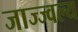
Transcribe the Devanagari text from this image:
जाज्ज्वल्य